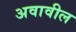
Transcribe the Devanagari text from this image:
अवावील